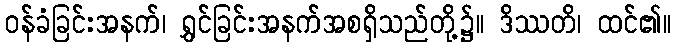
ဝန်ခံခြင်းအနက်၊ ရွှင်ခြင်းအနက်အစရှိသည်တို့၌။ ဒိဿတိ၊ ထင်၏။